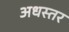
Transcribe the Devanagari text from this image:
अधस्तर